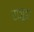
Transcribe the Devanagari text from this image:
राजूडा